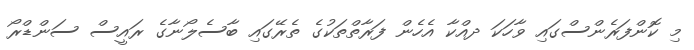
މި ކޮންފަރެންސްގައި ވާހަކަ ދއްކާ އެހެން ފަރާތްތަކުގެ ތެރޭގައި ބާސެލޯނާގެ ރައީސް ސަންޑްރޯ